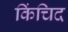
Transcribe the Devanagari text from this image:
किंचिद